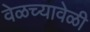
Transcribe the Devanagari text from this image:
वेळच्यावेळी